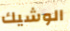
الوشيك